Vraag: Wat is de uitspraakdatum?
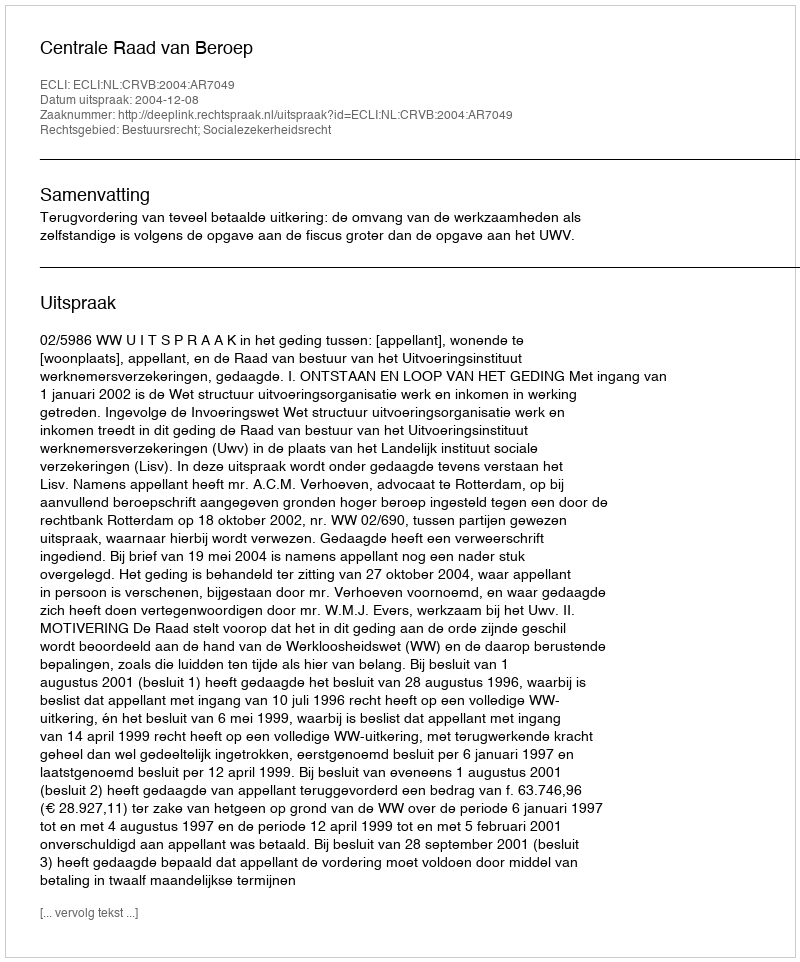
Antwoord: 2004-12-08